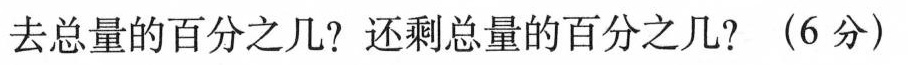
去总量的百分之几?还剩总量的百分之几?(6分)